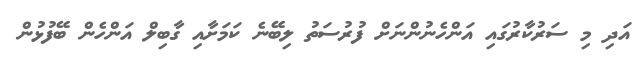
އަދި މި ސަރުކާރުގައި އަންހެނުންނަށް ފުރުސަތު ލިބޭނެ ކަމަށާއި ގާބިލް އަންހެން ބޭފުޅުން